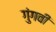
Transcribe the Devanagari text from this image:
गुंगवी